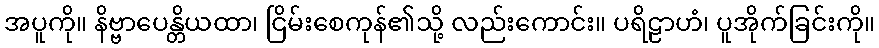
အပူကို။ နိဗ္ဗာပေန္တိယထာ၊ ငြိမ်းစေကုန်၏သို့ လည်းကောင်း။ ပရိဠာဟံ၊ ပူအိုက်ခြင်းကို။